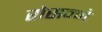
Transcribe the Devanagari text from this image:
रोसन्ने